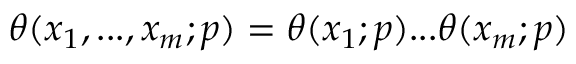
\displaystyle \theta ( x _ { 1 } , . . . , x _ { m } ; p ) = \theta ( x _ { 1 } ; p ) . . . \theta ( x _ { m } ; p )